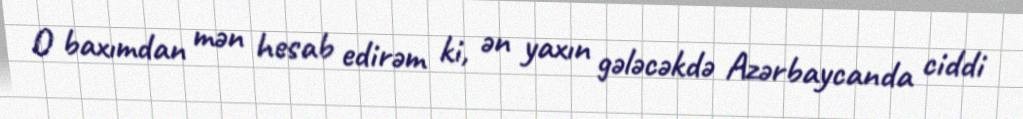
O baxımdan mən hesab edirəm ki, ən yaxın gələcəkdə Azərbaycanda ciddi